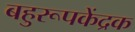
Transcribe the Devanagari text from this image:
बहुरूपकेंद्रक